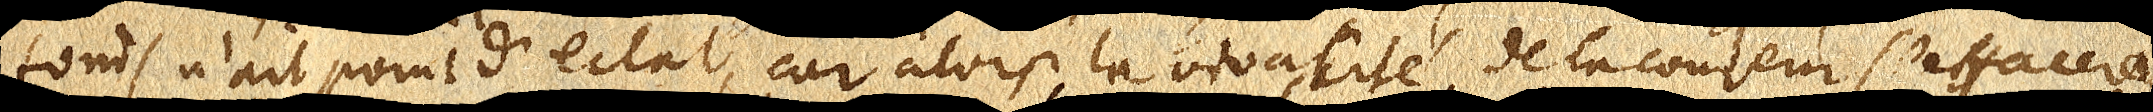
fonds n’ait point d’eclat, car alors la vivacité de la couleur s’effacera